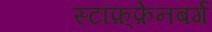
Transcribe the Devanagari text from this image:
स्टॉफ़्फ़ेनबर्ग